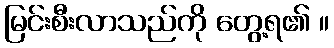
မြင်းစီးလာသည်ကို တွေ့ရ၏ ။